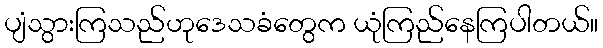
ပျံသွားကြသည်ဟုဒေသခံတွေက ယုံကြည်နေကြပါတယ်။